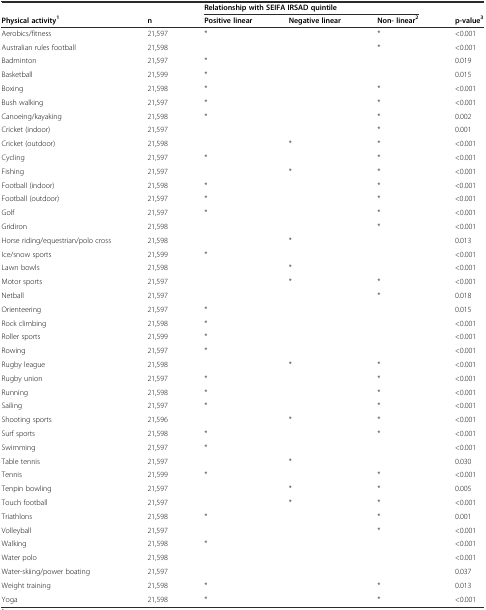
<table><thead><tr><td></td><td></td><td colspan="3"><b>Relationship with SEIFA IRSAD quintile</b></td><td></td></tr><tr><td><b>Physical activity<sup>1</sup></b></td><td><b>n</b></td><td><b>Positive linear</b></td><td><b>Negative linear</b></td><td><b>Non- linear<sup>2</sup></b></td><td><b>p-value<sup>3</sup></b></td></tr></thead><tbody><tr><td>Aerobics/fitness</td><td>21,597</td><td>*</td><td></td><td>*</td><td>&lt;0.001</td></tr><tr><td>Australian rules football</td><td>21,598</td><td></td><td></td><td>*</td><td>&lt;0.001</td></tr><tr><td>Badminton</td><td>21,597</td><td>*</td><td></td><td></td><td>0.019</td></tr><tr><td>Basketball</td><td>21,599</td><td>*</td><td></td><td></td><td>0.015</td></tr><tr><td>Boxing</td><td>21,598</td><td>*</td><td></td><td>*</td><td>&lt;0.001</td></tr><tr><td>Bush walking</td><td>21,597</td><td>*</td><td></td><td>*</td><td>&lt;0.001</td></tr><tr><td>Canoeing/kayaking</td><td>21,598</td><td>*</td><td></td><td>*</td><td>0.002</td></tr><tr><td>Cricket (indoor)</td><td>21,597</td><td></td><td></td><td>*</td><td>0.001</td></tr><tr><td>Cricket (outdoor)</td><td>21,598</td><td></td><td>*</td><td>*</td><td>&lt;0.001</td></tr><tr><td>Cycling</td><td>21,597</td><td>*</td><td></td><td>*</td><td>&lt;0.001</td></tr><tr><td>Fishing</td><td>21,597</td><td></td><td>*</td><td>*</td><td>&lt;0.001</td></tr><tr><td>Football (indoor)</td><td>21,598</td><td>*</td><td></td><td>*</td><td>&lt;0.001</td></tr><tr><td>Football (outdoor)</td><td>21,597</td><td>*</td><td></td><td>*</td><td>&lt;0.001</td></tr><tr><td>Golf</td><td>21,597</td><td>*</td><td></td><td>*</td><td>&lt;0.001</td></tr><tr><td>Gridiron</td><td>21,598</td><td></td><td></td><td>*</td><td>&lt;0.001</td></tr><tr><td>Horse riding/equestrian/polo cross</td><td>21,598</td><td></td><td>*</td><td></td><td>0.013</td></tr><tr><td>Ice/snow sports</td><td>21,599</td><td>*</td><td></td><td></td><td>&lt;0.001</td></tr><tr><td>Lawn bowls</td><td>21,598</td><td></td><td>*</td><td></td><td>&lt;0.001</td></tr><tr><td>Motor sports</td><td>21,597</td><td></td><td>*</td><td>*</td><td>&lt;0.001</td></tr><tr><td>Netball</td><td>21,597</td><td></td><td></td><td>*</td><td>0.018</td></tr><tr><td>Orienteering</td><td>21,597</td><td>*</td><td></td><td></td><td>0.015</td></tr><tr><td>Rock climbing</td><td>21,598</td><td>*</td><td></td><td></td><td>&lt;0.001</td></tr><tr><td>Roller sports</td><td>21,599</td><td>*</td><td></td><td></td><td>&lt;0.001</td></tr><tr><td>Rowing</td><td>21,597</td><td>*</td><td></td><td></td><td>&lt;0.001</td></tr><tr><td>Rugby league</td><td>21,598</td><td></td><td>*</td><td>*</td><td>&lt;0.001</td></tr><tr><td>Rugby union</td><td>21,597</td><td>*</td><td></td><td>*</td><td>&lt;0.001</td></tr><tr><td>Running</td><td>21,598</td><td>*</td><td></td><td>*</td><td>&lt;0.001</td></tr><tr><td>Sailing</td><td>21,597</td><td>*</td><td></td><td>*</td><td>&lt;0.001</td></tr><tr><td>Shooting sports</td><td>21,596</td><td></td><td>*</td><td>*</td><td>&lt;0.001</td></tr><tr><td>Surf sports</td><td>21,598</td><td>*</td><td></td><td>*</td><td>&lt;0.001</td></tr><tr><td>Swimming</td><td>21,597</td><td>*</td><td></td><td></td><td>&lt;0.001</td></tr><tr><td>Table tennis</td><td>21,597</td><td></td><td>*</td><td></td><td>0.030</td></tr><tr><td>Tennis</td><td>21,599</td><td>*</td><td></td><td>*</td><td>&lt;0.001</td></tr><tr><td>Tenpin bowling</td><td>21,597</td><td></td><td>*</td><td>*</td><td>0.005</td></tr><tr><td>Touch football</td><td>21,597</td><td></td><td>*</td><td>*</td><td>&lt;0.001</td></tr><tr><td>Triathlons</td><td>21,598</td><td>*</td><td></td><td>*</td><td>0.001</td></tr><tr><td>Volleyball</td><td>21,597</td><td></td><td></td><td>*</td><td>&lt;0.001</td></tr><tr><td>Walking</td><td>21,598</td><td>*</td><td></td><td></td><td>&lt;0.001</td></tr><tr><td>Water polo</td><td>21,598</td><td></td><td></td><td></td><td>&lt;0.001</td></tr><tr><td>Water-skiing/power boating</td><td>21,597</td><td></td><td></td><td></td><td>0.037</td></tr><tr><td>Weight training</td><td>21,598</td><td>*</td><td></td><td>*</td><td>0.013</td></tr><tr><td>Yoga</td><td>21,598</td><td>*</td><td></td><td>*</td><td>&lt;0.001</td></tr></tbody></table>